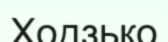
Ходзько